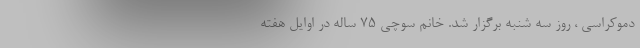
دموکراسی ، روز سه شنبه برگزار شد. خانم سوچی 75 ساله در اوایل هفته